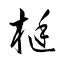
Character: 梃